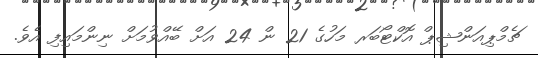
ޗެމްޕިއަންޝިޕް އޮކްޓޯބަރ މަހުގެ 21 ން 24 އަށް ބޭއްވުމަށް ނިންމައިފި އެވެ.